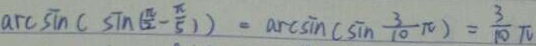
\arcsin ( \sin ( \frac { \pi } { 2 } \pi - \frac { \pi } { 5 } ) ) = \arcsin ( \sin \frac { 3 } { 1 0 } \pi ) = \frac { 3 } { 1 0 } \pi